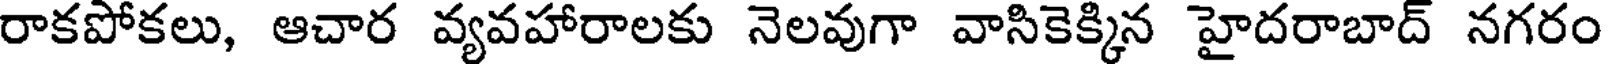
రాకపోకలు, ఆచార వ్యవహారాలకు నెలవుగా వాసికెక్కిన హైదరాబాద్ నగరం